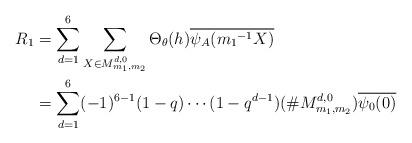
LaTeX: \begin{align*} R_1&=\sum_{d=1}^{6}\sum_{ X \in M_{m_{1},m_{2}}^{ d,0}}\Theta_{\theta}(h)\overline{\psi_A({m_1}^{-1}X)}\\&= \sum_{d=1}^{6}(-1)^{6-1}(1-q) \cdots (1-q^{d-1})(\# M_{m_{1},m_{2}}^{ d,0})\overline{\psi_0(0)} \end{align*}